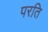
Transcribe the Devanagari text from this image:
परति